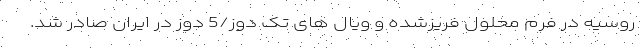
روسیه در فرم محلول فریزشده و ویال های تک دوز/5 دوز در ایران صادر شد.